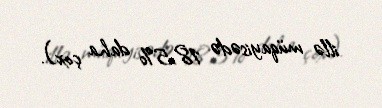
illə müqayisədə 18,5% daha çox).